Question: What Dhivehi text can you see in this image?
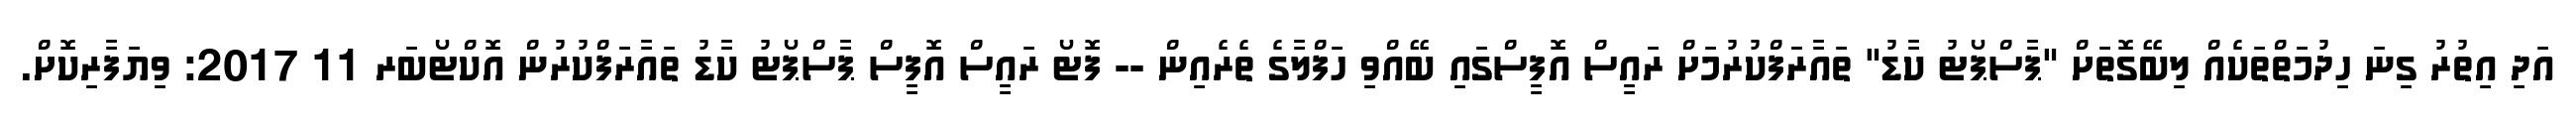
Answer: އަދި އިތުރު ގިނަ ހިދުމަތްތަކެއް ލިބޭގޮތަށް "ޕާސްޕޯޓު ކާޑު" ތައާރަފްކުރުމަށް ރައީސް އޮފީސްގައި ބޭއްވި ހަފްލާގެ ތެރެއިން -- ފޮޓޯ ރައީސް އޮފީސް ޕާސްޕޯޓު ކާޑު ތައާރަފްކުރުން އޮކްޓޯބަރ 11 2017: ވިޔަފާރިކޮށް.